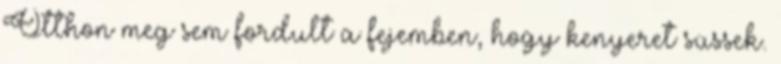
Otthon meg sem fordult a fejemben, hogy kenyeret süssek.